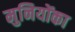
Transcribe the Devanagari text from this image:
मुनियोंका